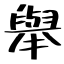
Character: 舉